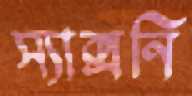
স্যাক্সনি